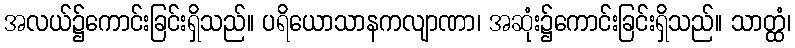
အလယ်၌ကောင်းခြင်းရှိသည်။ ပရိယောသာနကလျာဏာ၊ အဆုံး၌ကောင်းခြင်းရှိသည်။ သာတ္ထံ၊